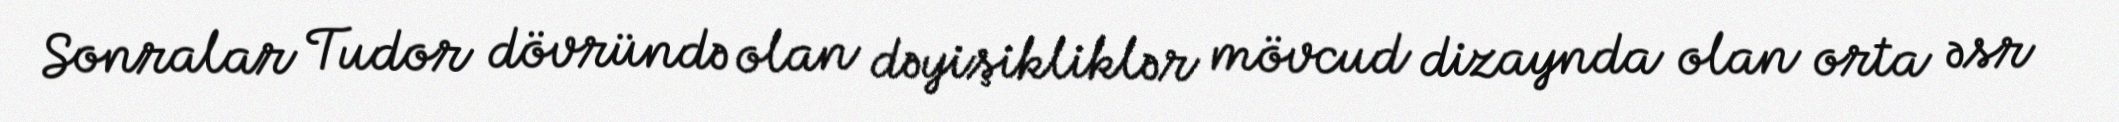
Sonralar Tudor dövründə olan dəyişikliklər mövcud dizaynda olan orta əsr